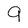
Character: 9